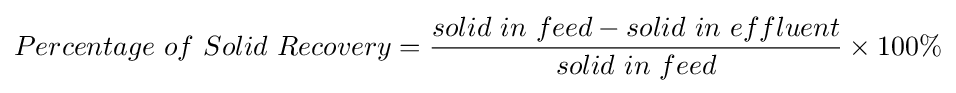
{Percentage\ of\ Solid\ Recovery}={\frac {solid\ in\ feed-solid\ in\ effluent}{solid\ in\ feed}}\times {100\%}